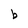
Character: b